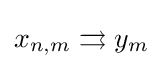
x_{n,m}\rightrightarrows y_{m}